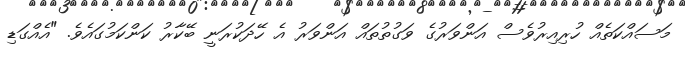
މަސައްކަތެއް ހުރިއިރުވެސް އަންވަރުގެ ވަގުތުތައް އަންވަރު އެ ހޭދަކުރަނީ ބޭކާރު ކަންކަމުގައެވެ. "އެއްގަޑި